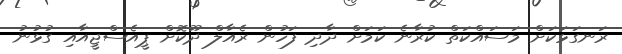
ރަނގަޅަކަށް މަސައްކަތް ކުރާނެ ކަމަށް ދާދި ފަހުން ރެއާލް ދޫކޮށް ޕީއެސްޖީއާއި ގުޅުނު